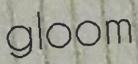
gloom